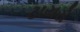
ટાયરો